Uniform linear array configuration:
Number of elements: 4
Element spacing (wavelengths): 0.5
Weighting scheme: hann
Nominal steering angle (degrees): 45
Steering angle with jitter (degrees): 46.508
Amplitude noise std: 0.05
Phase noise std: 0.05

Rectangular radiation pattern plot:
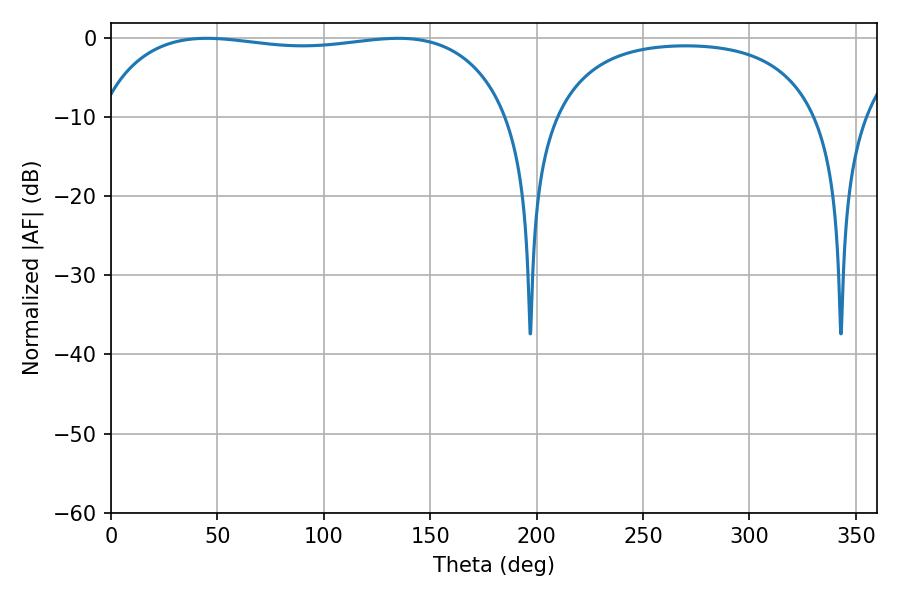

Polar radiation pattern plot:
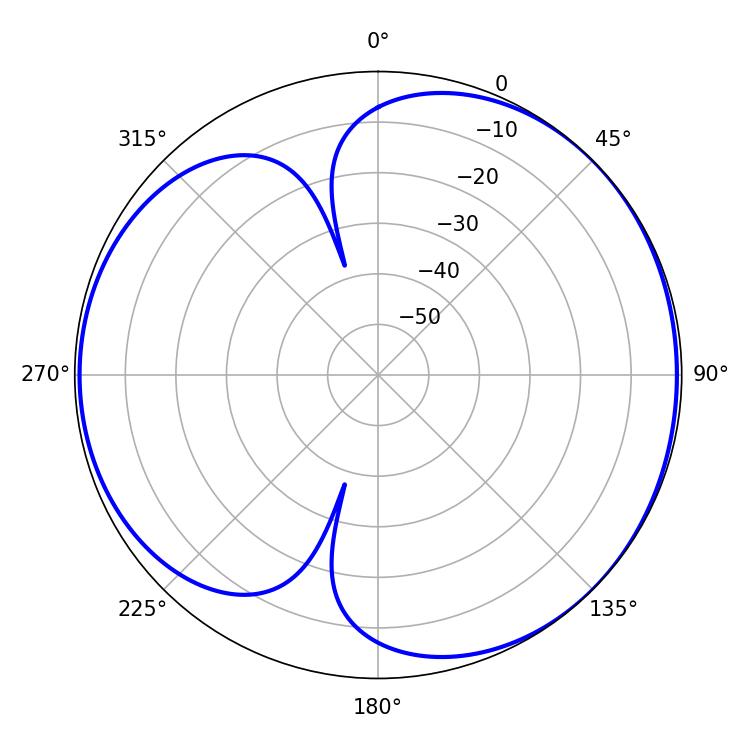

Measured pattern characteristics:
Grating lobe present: FALSE
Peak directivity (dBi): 4.493
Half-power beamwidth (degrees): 155.88
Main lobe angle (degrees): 45